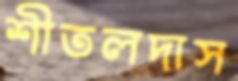
শীতলদাস